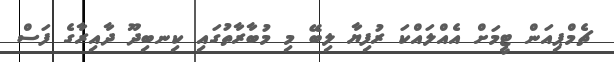
ޗެމްޕިއަން ޓީމަށް އެއްލައްކަ ރުފިޔާ ލިބޭ މި މުބާރާތުގައި ކިނބިދޫ ދާއިރާގެ ފަސް